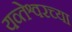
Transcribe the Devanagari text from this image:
यव्तेश्वरच्या